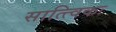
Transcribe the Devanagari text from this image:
सात्त्विकः